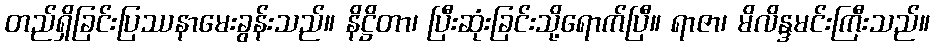
တည်ရှိခြင်းပြဿနာမေးခွန်းသည်။ နိဋ္ဌိတာ၊ ပြီးဆုံးခြင်းသို့ရောက်ပြီ။ ရာဇာ၊ မိလိန္ဒမင်းကြီးသည်။